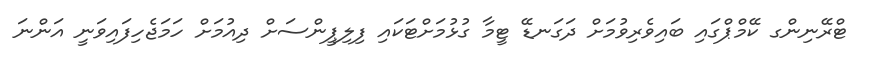
ޓްރޭނިންގ ކޭމްޕްގައި ބައިވެރިވުމަށް ދަގަނޑޭ ޓީމާ ގުޅުމަށްޓަކައި ފިލިޕީންސަށް ދިއުމަށް ހަމަޖެހިފައިވަނީ އަންނަ